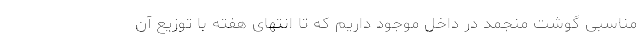
مناسبی گوشت منجمد در داخل موجود داریم که تا انتهای هفته با توزیع آن